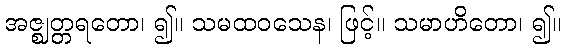
အဇ္ဈတ္တရတော၊ ၍။ သမထဝသေန၊ ဖြင့်။ သမာဟိတော၊ ၍။